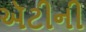
ઍટીની